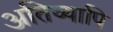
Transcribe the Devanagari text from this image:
अतिव्यापि